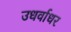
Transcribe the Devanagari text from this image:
उधर्वाधर